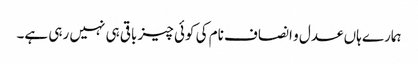
ہمارے ہاں عدل و انصاف نام کی کوئی چیز باقی ہی نہیں رہی ہے۔